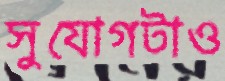
সুযোগটাও